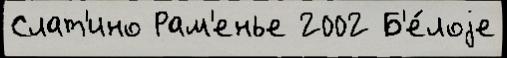
Слат'ино Рам'енье 2002 Б'е́лоjе